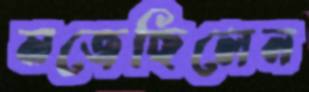
মজেছিলেন